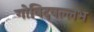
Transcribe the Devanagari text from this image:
गोविदवल्लभ